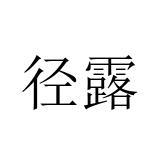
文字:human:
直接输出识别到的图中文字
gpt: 径露